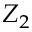
Z _ { 2 }